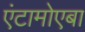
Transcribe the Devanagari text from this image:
एंटामोएबा